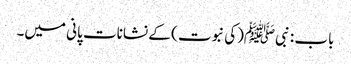
باب : نبیﷺ(کی نبوت ) کے نشانات پانی میں۔